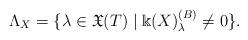
LaTeX: \begin{align*}\Lambda_X = \lbrace \lambda \in \mathfrak X(T) \mid\Bbbk(X)^{(B)}_\lambda \ne 0 \rbrace.\end{align*}